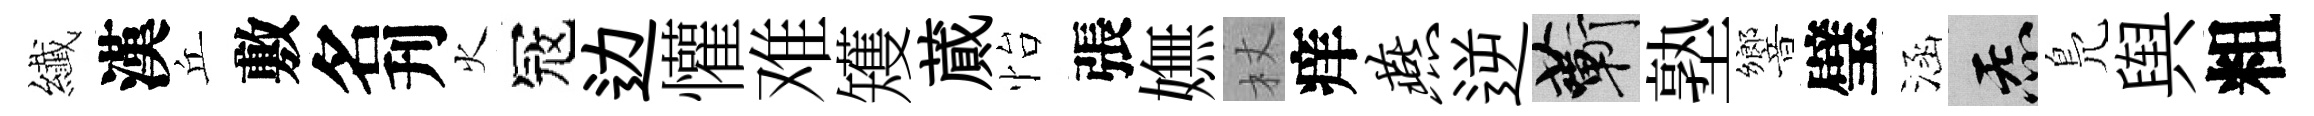
纎漢丘敷名刋火冦边懽难矱蕆怡張嫵杖痒燕逆蔪塾響璧涵炁鳬舆粗